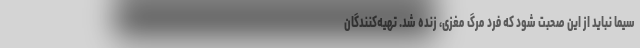
سیما نباید از این صحبت شود که فرد مرگ مغزی، زنده شد. تهیه‌کنندگان